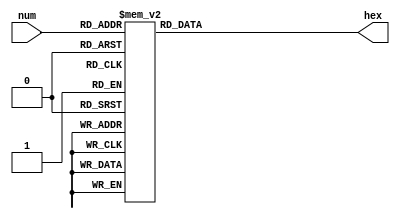
`timescale 1ns / 1ps
// bin_to_7seg.v
// Binary to 7-segment hex converter


module bin_to_7seg(
    input [3:0] num,
    output reg [6:0] hex
);

    always @(*)
        case (num)
            4'd0:  hex = 7'b1000000;
            4'd1:  hex = 7'b1111001;
            4'd2:  hex = 7'b0100100;
            4'd3:  hex = 7'b0110000;
            4'd4:  hex = 7'b0011001;
            4'd5:  hex = 7'b0010010;
            4'd6:  hex = 7'b0000010;
            4'd7:  hex = 7'b1111000;
            4'd8:  hex = 7'b0000000;
            4'd9:  hex = 7'b0011000;
            4'd10: hex = 7'b0001000;
            4'd11: hex = 7'b0000011;
            4'd12: hex = 7'b1000110;
            4'd13: hex = 7'b0100001;
            4'd14: hex = 7'b0000110;
            4'd15: hex = 7'b0001110;
        endcase

endmodule